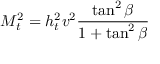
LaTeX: M _ { t } ^ { 2 } = h _ { t } ^ { 2 } v ^ { 2 } \frac { \tan ^ { 2 } { \beta } } { 1 + \tan ^ { 2 } { \beta } }